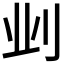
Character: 𫥺